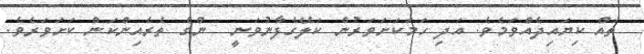
ތައް ކިޔައިދެއްވަމެވެ. އަދި ހަމަކަށަވަރުން ކަލޭގެފާނުވަނީ  ންގެ ތެރެއިންކަން ކަށަވަރެވެ.